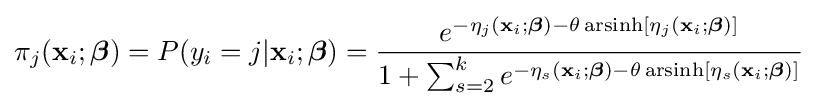
\pi _{j}(\mathbf {x} _{i};{\boldsymbol {\beta }})=P(y_{i}=j|\mathbf {x} _{i};{\boldsymbol {\beta }})={\frac {e^{-\eta _{j}(\mathbf {x} _{i};{\boldsymbol {\beta }})-\theta \operatorname {arsinh} [\eta _{j}(\mathbf {x} _{i};{\boldsymbol {\beta }})]}}{1+\sum _{s=2}^{k}e^{-\eta _{s}(\mathbf {x} _{i};{\boldsymbol {\beta }})-\theta \operatorname {arsinh} [\eta _{s}(\mathbf {x} _{i};{\boldsymbol {\beta }})]}}}